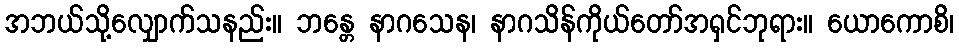
အဘယ်သို့လျှောက်သနည်း။ ဘန္တေ နာဂသေန၊ နာဂသိန်ကိုယ်တော်အရှင်ဘုရား။ ယောကောစိ၊